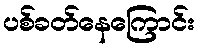
ပစ်ခတ်နေကြောင်း